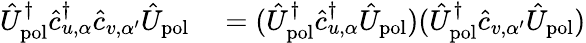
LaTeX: \begin{array}{rl}{\hat{U}_{\mathrm{pol}}^{\dagger}\hat{c}_{u,\alpha}^{\dagger}\hat{c}_{v,\alpha^{\prime}}\hat{U}_{\mathrm{pol}}}&{{}=(\hat{U}_{\mathrm{pol}}^{\dagger}\hat{c}_{u,\alpha}^{\dagger}\hat{U}_{\mathrm{pol}})(\hat{U}_{\mathrm{pol}}^{\dagger}\hat{c}_{v,\alpha^{\prime}}\hat{U}_{\mathrm{pol}})}\end{array}